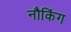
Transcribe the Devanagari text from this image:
नौकिंग